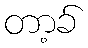
တာ့ခ်